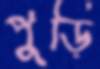
পুড়ি